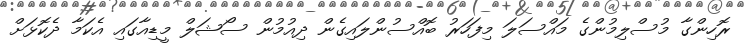
ރޮހިންގާ މުސްލިމުންގެ މައްސަލަ މިފަހަރު ބޮއްސުންލައިގެން ދިއުމުން ސޯޝަލް މީޑިއާގައި އެކަމާ ދެކޮޅަށް